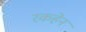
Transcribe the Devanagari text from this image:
रकहेन